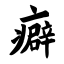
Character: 癖